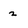
Character: 2